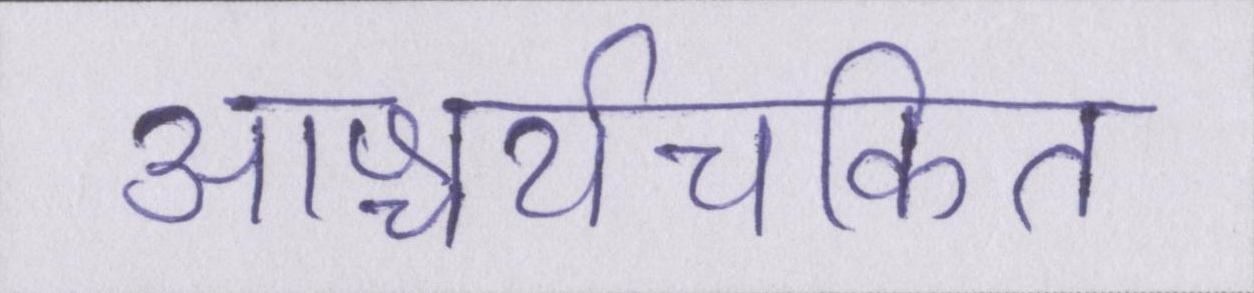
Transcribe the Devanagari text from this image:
आश्चर्यचकित